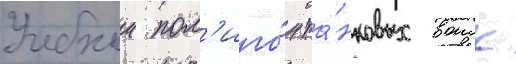
Учебныи пол'иго́н та́нковых воиск